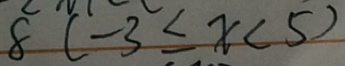
8 ( - 3 \leq x < 5 )